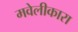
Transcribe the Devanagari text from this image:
मवेलीकारा